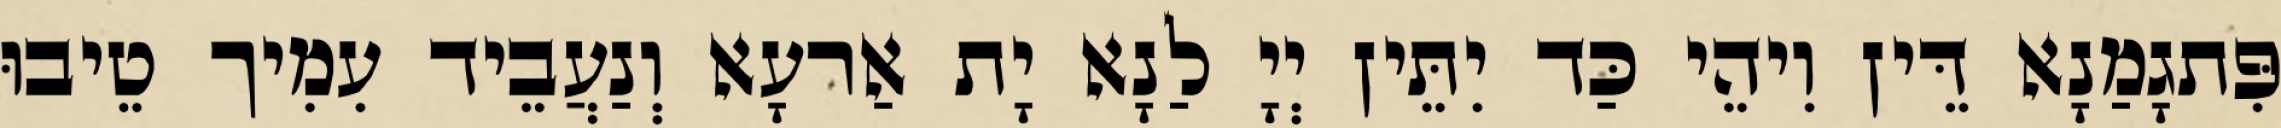
פִּתגָמַנָא דֵּין וִיהֵי כַּד יִתֵּין יְיָ לַנָא יָת אַרעָא וְנַעֲבֵיד עִמִיך טֵיבוּ